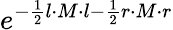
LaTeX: e^{-\frac{1}{2}l\cdot M\cdot l-\frac{1}{2}r\cdot M\cdot r}